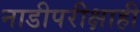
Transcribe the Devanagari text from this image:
नाडीपरीक्षाही